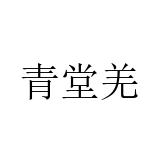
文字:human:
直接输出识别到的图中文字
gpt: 青堂羌